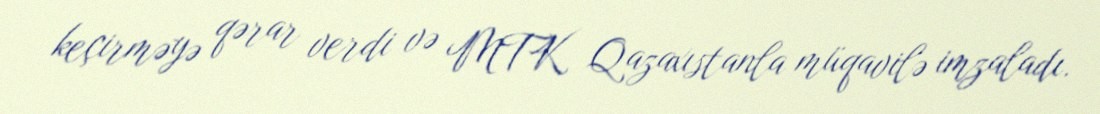
keçirməyə qərar verdi və MTK Qazaxıstanla müqavilə imzaladı.